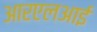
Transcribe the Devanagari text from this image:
आरएलआई